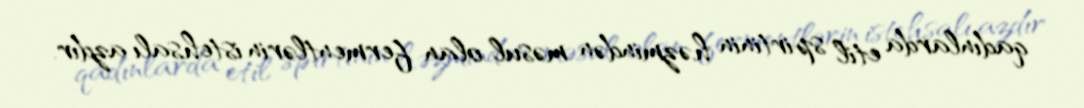
qadınlarda etil spirtinin həzmindən məsul olan fermentlərin istehsalı azdır.